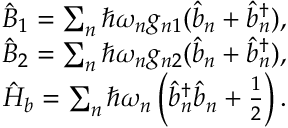
\begin{array} { r l r } & { } & { \hat { B } _ { 1 } = \sum _ { n } \hbar \omega _ { n } g _ { n 1 } ( \hat { b } _ { n } + \hat { b } _ { n } ^ { \dagger } ) , } \\ & { } & { \hat { B } _ { 2 } = \sum _ { n } \hbar \omega _ { n } g _ { n 2 } ( \hat { b } _ { n } + \hat { b } _ { n } ^ { \dagger } ) , } \\ & { } & { \hat { H } _ { b } = \sum _ { n } \hbar \omega _ { n } \left( \hat { b } _ { n } ^ { \dagger } \hat { b } _ { n } + \frac { 1 } { 2 } \right) . } \end{array}